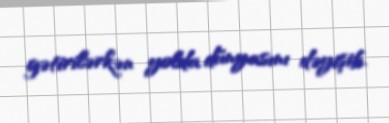
gətirilərkən yolda dünyasını dəyişib.